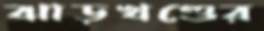
ঝাড়খণ্ডের